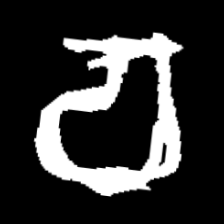
Pyu character \u2014 Myanmar letter: စ (romanized: ca)